Kassari_(Keina)_vallavalitsus, lk 45
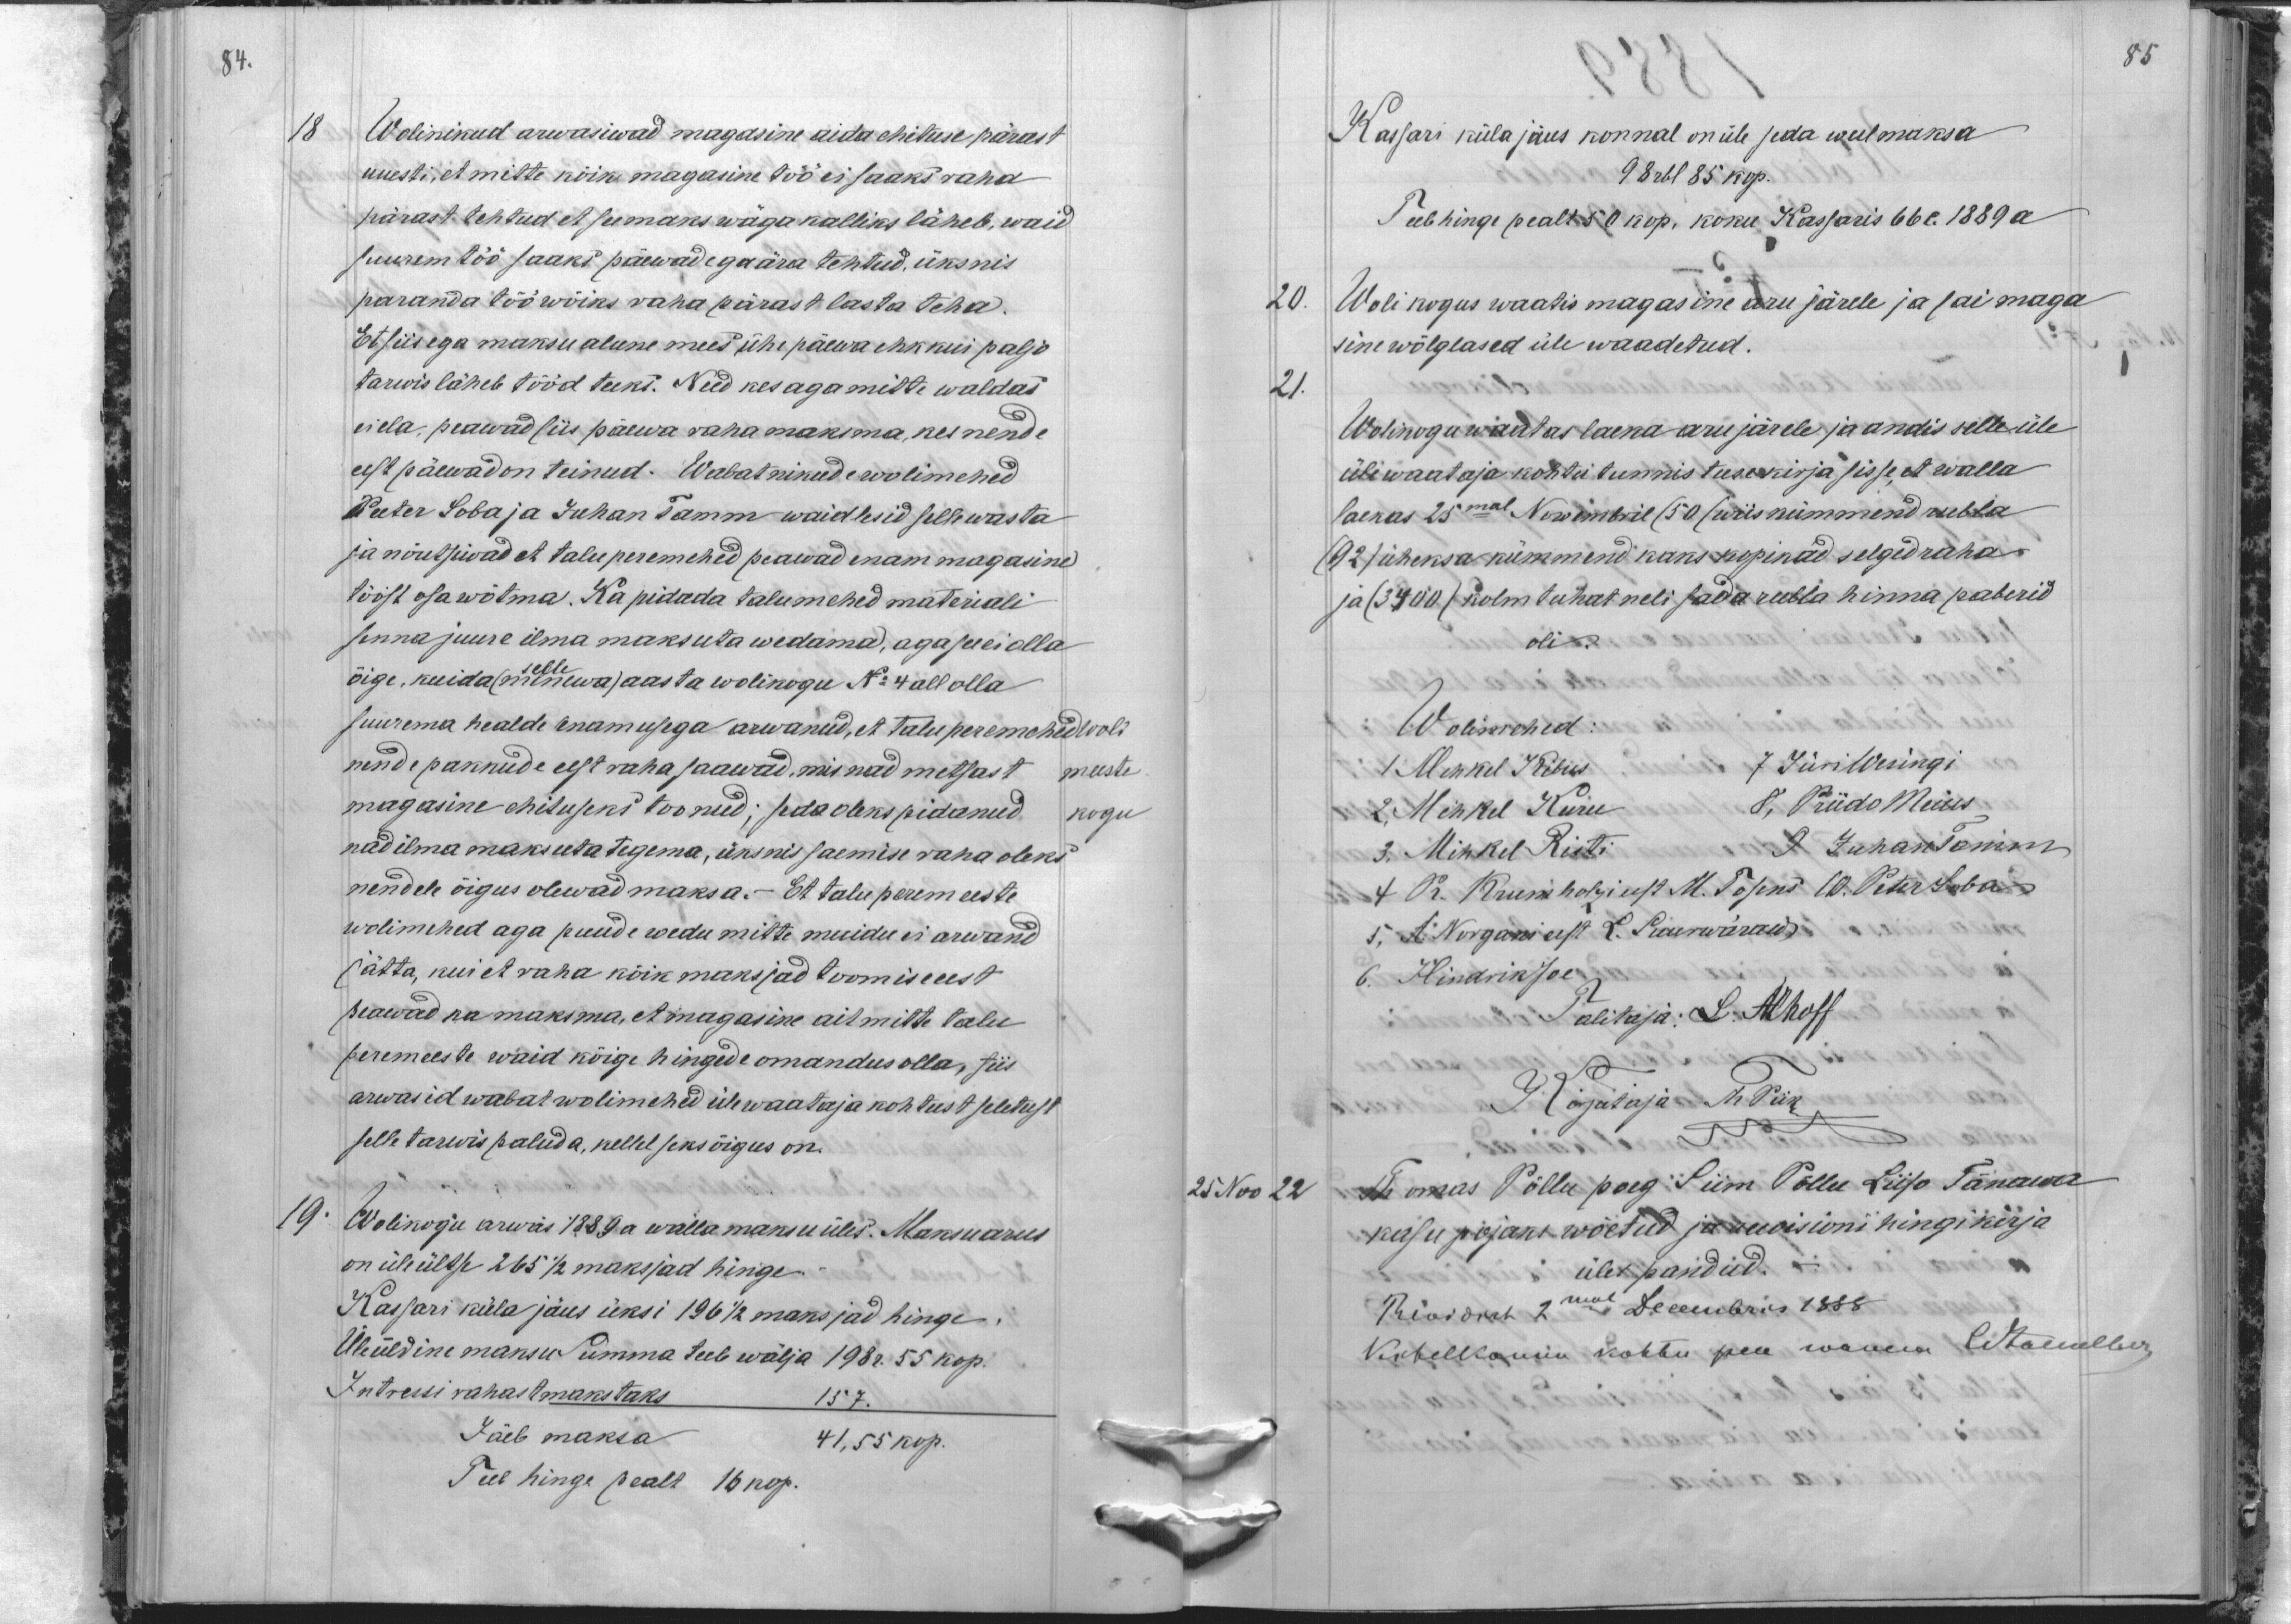
84.

18 Wolinikud arwasiwad magasine aida ehituse pärast
uuesti, et mitte kõik magasine töö ei saaks raha
pärast tehtud et see maks wäga kalliks läheb, waid
suurem töö saaks päewadega ära tehtud, üksnis
paranda töö wõiks raha pärast lasta teha.
Et siis ega maksu alune mees ühe päewa ehk kui paljo
tarwis läheb tööd teeks. Need kes aga mitte waldas
ei ela, peawad siis päewa raha maksma, kes nende
eest päewad on teinud. Wabatnikude wolimehed
Peter Soba ja Juhan Tamm waidlesid selle wasta
ja nõutsiwad et taluperemehed peawad enam magasine
tööst osa wõtma. Ka pidada talumehed materiali
sinna juure ilma maksuta wedama, aga see ei olla
õige, kuida (minewa) aasta wolikogu No 4 all olla
selle
suurema healde enamusega arwanud, et talu peremehed
woli
nende pakkude eest raha saawad, mis nad metsast
meeste
magasine ehituseni toonud; seda oleks pidanud
kogu
nad ilma maksuta tegema, üksnis saemise raha oleks
nendele õigus olewad maksa. - Et talu peremeeste
wolimehed aga puude wedu mitte muidu ei arwand
jätta, kui et raha kõik maksjad toomise eest
päwad ka maksma, et magasine ait mitte talu
peremeeste waid kõige hingede omandus olla, siis
arwasid wabat wolimehed ülewaataja kohtust seletust
selle tarwis paluda, kellel seks õigus on.
19
Wolikogu arwas 1889 a walla maksu üles. Maksuarus
on üleültse 265 1/2 maksjad hinge.
Kassari küla jäus üksi 196 1/2 maksjad hinge.
Üleüldine maksu Summa teeb wälja 198 r. 55 kop.
Intressi rahast makstaks
157
Jäeb maksa
41,55 kop.
Peed hinge pealt 16 kop.

85
Kassari küla jäus konnal on üle seda weel maksa
98 rbl 85 kop.
Teeb hinge pealt 50 kop. koku Kassaris 66 c. 1889 a
20.
Woli kogus waatis magasine aru järele ja sai maga
sine wõlglased üle waadetud.
21.
Wolikogu waatas laena aru järele ja andis selle üle
üle waataja kohtu tunnistuse kirja sisse, et walla
laekas 25mal Nowembril (50 (wiis kümmend rubla
(92) üheksa kümmend kaks kopikad selged raha
ja (3400 (kolm tuhat neli sada rubla hinna paberid
oli.
Wolimehed
1 Mihkel Kibus
7 Jüri Wesingi
2 Mihkel Kuru
8, Priido Meius
3. Mihkel Risti
9 Juhan Tamm
4 Pr. Krumholzi eest M. Tosens 10. Peter Soba
5. A. Norgani eest L. Suurwäraw
6. Hindrik Joe
Talitaja: L. Alhoff
Kirjutaja Th Piik
25. Nov 22
Thomas Põllu poeg Siim Põllu Liiso Tänawa
kasu pojaks wõetud ja rewisioni hingikirja
üles pandud.
Revidiret 2mal Decembris 1888
Kihelkonne kohtu pea wanem OStackelberg